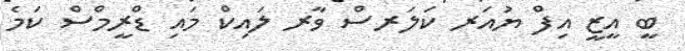
ބީ އީޒީ އިފް ޔުއަރ ކަލަރސް ވާރ ލައިކް މައި ޑްރީމްސް ކަމެ